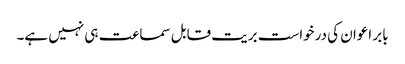
بابر اعوان کی درخواست بریت قابل سماعت ہی نہیں ہے۔